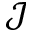
\mathcal { J }